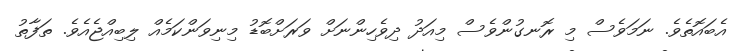
އެބައޮތެވެ. ނަމަވެސް މި ރޮނގުންވެސް މިއަދު ދިވެހިންނަށް ވަރަށްބޮޑު މިނިވަންކަމެއް ލިބިއްޖެއެވެ. ތަފާތު